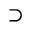
\supset